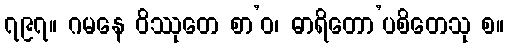
၇၉၇။ ဂမနေ ဝိဿုတေ စာ’ဝ၊ ဓာရိတော’ပစိတေသု စ။